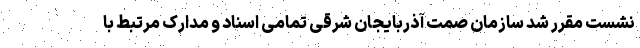
نشست مقرر شد سازمان صمت آذربایجان شرقی تمامی اسناد و مدارک مرتبط با